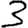
Digit: 3